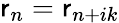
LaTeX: \mathsf{r}_{n}=\mathsf{r}_{n+ik}